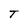
Character: T